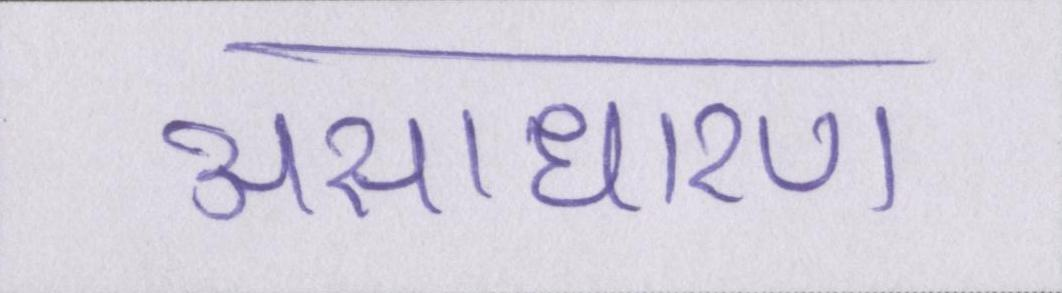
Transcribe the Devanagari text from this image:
असाधारण